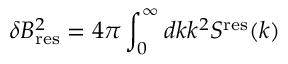
\delta B _ { \mathrm { r e s } } ^ { 2 } = 4 \pi \int _ { 0 } ^ { \infty } d k k ^ { 2 } S ^ { \mathrm { r e s } } ( k )